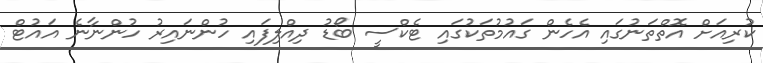
ކުރިއަށް އޮތްތަނުގައި އެހެން ގައުމުތަކުގައި ޓެކްސީ ބޯޑު ދިއްލިފައި ހުންނައިރު ހުންނާނެ އައުޓް